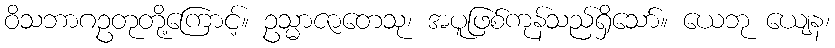
ဝိသဘာဂဥတုတို့ကြောင့်။ ဥသ္မာဇာတေသု၊ အပူဖြစ်ကုန်သည်ရှိသော်။ ယေဘု ယျေန၊